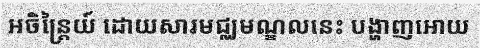
អចិន្ត្រៃយ៍ ដោយសារមជ្ឈមណ្ឌលនេះ បង្ហាញអោយ